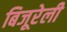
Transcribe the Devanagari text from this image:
बिजूरेली